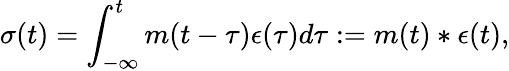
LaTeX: \sigma(t)=\int_{-\infty}^{t}m(t-\tau)\epsilon(\tau)d\tau:=m(t)*\epsilon(t),